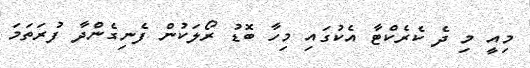
މިއީ މި ދެ ކެރެކްޓާ އެކުގައި މިހާ ބޮޑު ރޯލަކުން ފެނިގެންދާ ފުރަތަމަ